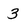
Character: 3